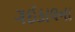
ગઈકાલના